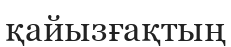
қайызғақтың